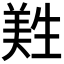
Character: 𦎡